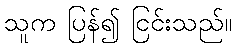
သူက ပြန်၍ ငြင်းသည်။